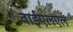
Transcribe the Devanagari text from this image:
वाईएलएल